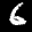
Label: 6